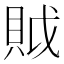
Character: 𧵝